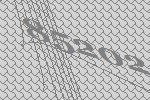
85202